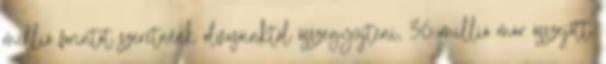
millió forintot szeretnénk olvasóinktól összegyűjteni, 36 millió már összejött,